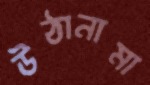
উঠানামা